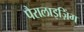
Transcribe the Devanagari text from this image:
पैरालाइज़िंग